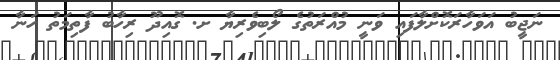
ނަޖީބު އަވަހާރަކޮށްލާފައި ވަނީ މުއްރަތުގެ ލޯބިވެރިޔާ ށ. ގޮއިދޫ ރިހާބު ފާތިމަތު ހަނާ